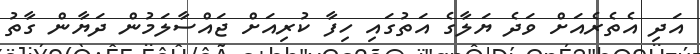
އަދި އެތެރެއަށް ވަދެ ޔަލާގެ އަތުގައި ހިފާ ކުރިއަށް ޖައްސާލަމުން ދަޔާން ގާތު